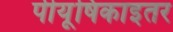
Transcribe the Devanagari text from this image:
पीयूषिकाइतर